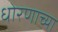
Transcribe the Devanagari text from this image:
धोरणाच्‍या